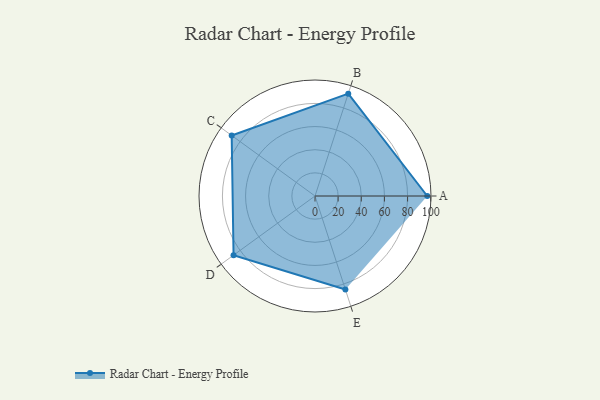
{"axis": {"x": "Skill", "y": "Score"}, "legend": ["Profile"], "data": [{"x": "A", "y": 97.0, "type": "Profile"}, {"x": "B", "y": 93.0, "type": "Profile"}, {"x": "C", "y": 89.0, "type": "Profile"}, {"x": "D", "y": 87.0, "type": "Profile"}, {"x": "E", "y": 85.0, "type": "Profile"}]}